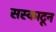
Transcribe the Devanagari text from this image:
सस्काटून